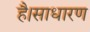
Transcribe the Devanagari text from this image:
है।साधारण